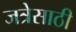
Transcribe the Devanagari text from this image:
जत्रेसाठी